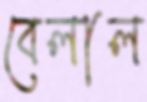
বেলাল